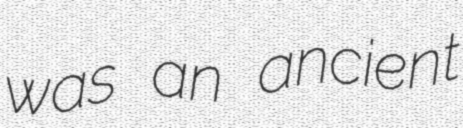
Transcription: was an ancient